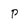
Character: P